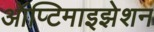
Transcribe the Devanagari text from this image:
ऑप्टिमाइझेशन